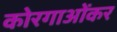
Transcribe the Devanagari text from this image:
कोरगाओंकर